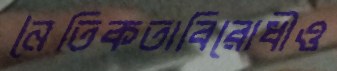
নৈতিকতাবিরোধীও